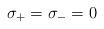
LaTeX: \begin{align*}\sigma_+ = \sigma_- = 0\end{align*}